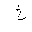
Letter: _kha